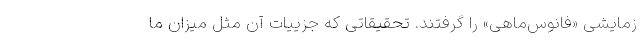
زمایشی «فانوس‌ماهی» را گرفتند. تحقیقاتی که جزییات آن مثل میزان ما